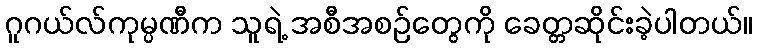
ဂူဂယ်လ်ကုမ္ပဏီက သူရဲ့ အစီအစဉ်တွေကို ခေတ္တဆိုင်းခဲ့ပါတယ်။